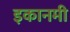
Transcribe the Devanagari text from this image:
इकानमी